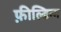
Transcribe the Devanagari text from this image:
फ़ील्डिन्ग